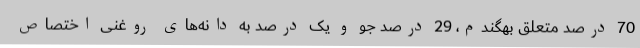
70 درصد متعلق بهگندم، 29 درصد جو و یک درصد به دانه‌های روغنی اختصاص